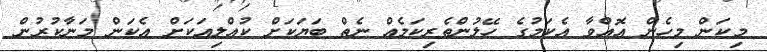
މިކަން މިހެން އޮއްވާ އެކަމުގެ ހޭލުންތެރިކަމެއް ނެތް ބަޔަކަށް ކުއްލިއަކަށް އެކަން މަނާކުރުން